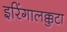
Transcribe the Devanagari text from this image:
इरिंगालक्कुटा